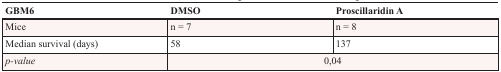
<table><thead><tr><td><b>GBM6</b></td><td><b>DMSO</b></td><td><b>Proscillaridin A</b></td></tr></thead><tbody><tr><td>Mice</td><td>n = 7</td><td>n = 8</td></tr><tr><td>Median survival (days)</td><td>58</td><td>137</td></tr><tr><td><i>p-value</i></td><td colspan="2">0,04</td></tr></tbody></table>